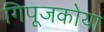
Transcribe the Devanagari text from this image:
गिपूजकोया